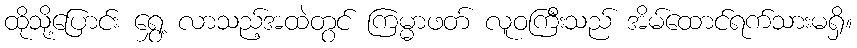
ထိုသို့ပြောင်း ရွှေ့ လာသည့်အထဲတွင် ကြမ္မာဖတ် လူဝကြီးသည် အိမ်ထောင်ရက်သားမရှိ။